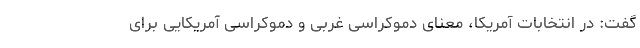
گفت: در انتخابات آمریکا، معنای دموکراسی غربی و دموکراسی آمریکایی برای